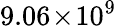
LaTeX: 9.06\! \times\! 10^{9}